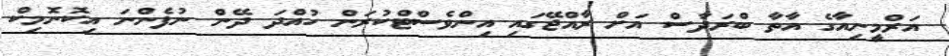
އަރްމީނިއާގެ އާތާ ބްރަދާސް އަށް ރާއްޖޭގައި އިންވެސްޓްކުރަން ހުއްދަ ދޭން ނުފެންނަ އިކޮނޮމިކް